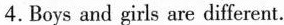
4.Boys and girls are different.